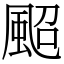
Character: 䫿